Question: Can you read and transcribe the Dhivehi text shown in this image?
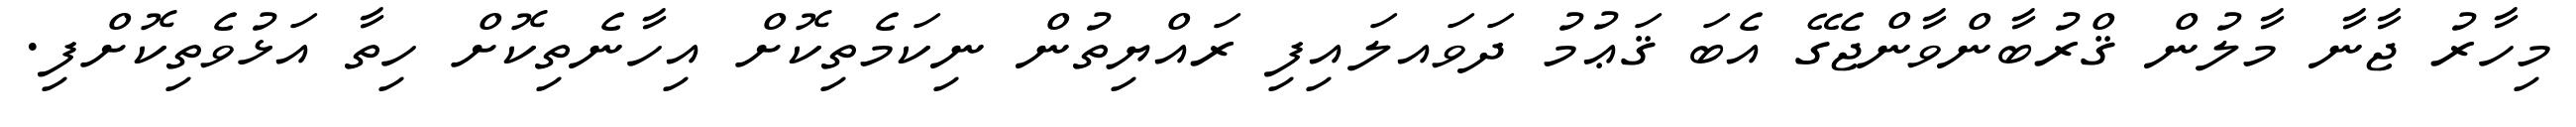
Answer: މިހާރު ޖާނާ މާލުން ޤްރުބާންވާންޖެގޭ އެބަ ޤަޢުމު ދަވައލައިފި ރައްޔިތުން ނިކަމެތިކޮށް އިހާނެތިކޮށް ހިތާ އަޅުވެތިކޮށްފި.